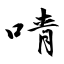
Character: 啨